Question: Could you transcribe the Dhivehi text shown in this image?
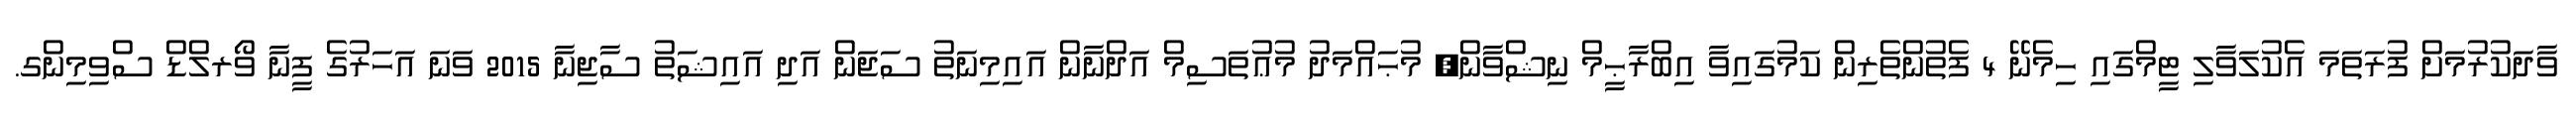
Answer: ވާދަކުރުމަށް ފުރަތަމަ އެކުލަވާލި ޓީމްގައި ހިމެނޭ 4 ފެތުންތެރިން ކަމުގައިވާ އިބްރާޙީމް ނިޝްވާން, މުޙައްމަދު މުޢުތަސިމް އަދްނާން އައިމިނަތު ސަޖަން އަދި އައިޝަތު ސާޖިނާ 2015 ވަނަ އަހަރުގެ ފީނާ ވޯރލްޑް ސްވިމިންގ.